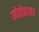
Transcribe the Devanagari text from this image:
मोर्तझावर